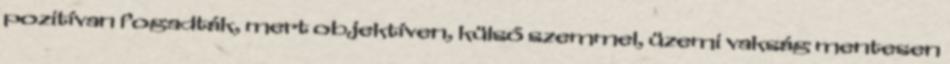
po­zi­tí­van fo­gad­ták, mert ob­jek­tí­ven, kül­ső szem­mel, üze­mi vak­ság men­te­sen